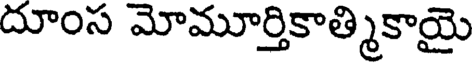
దూంస మోమూర్తికాత్మికాయై